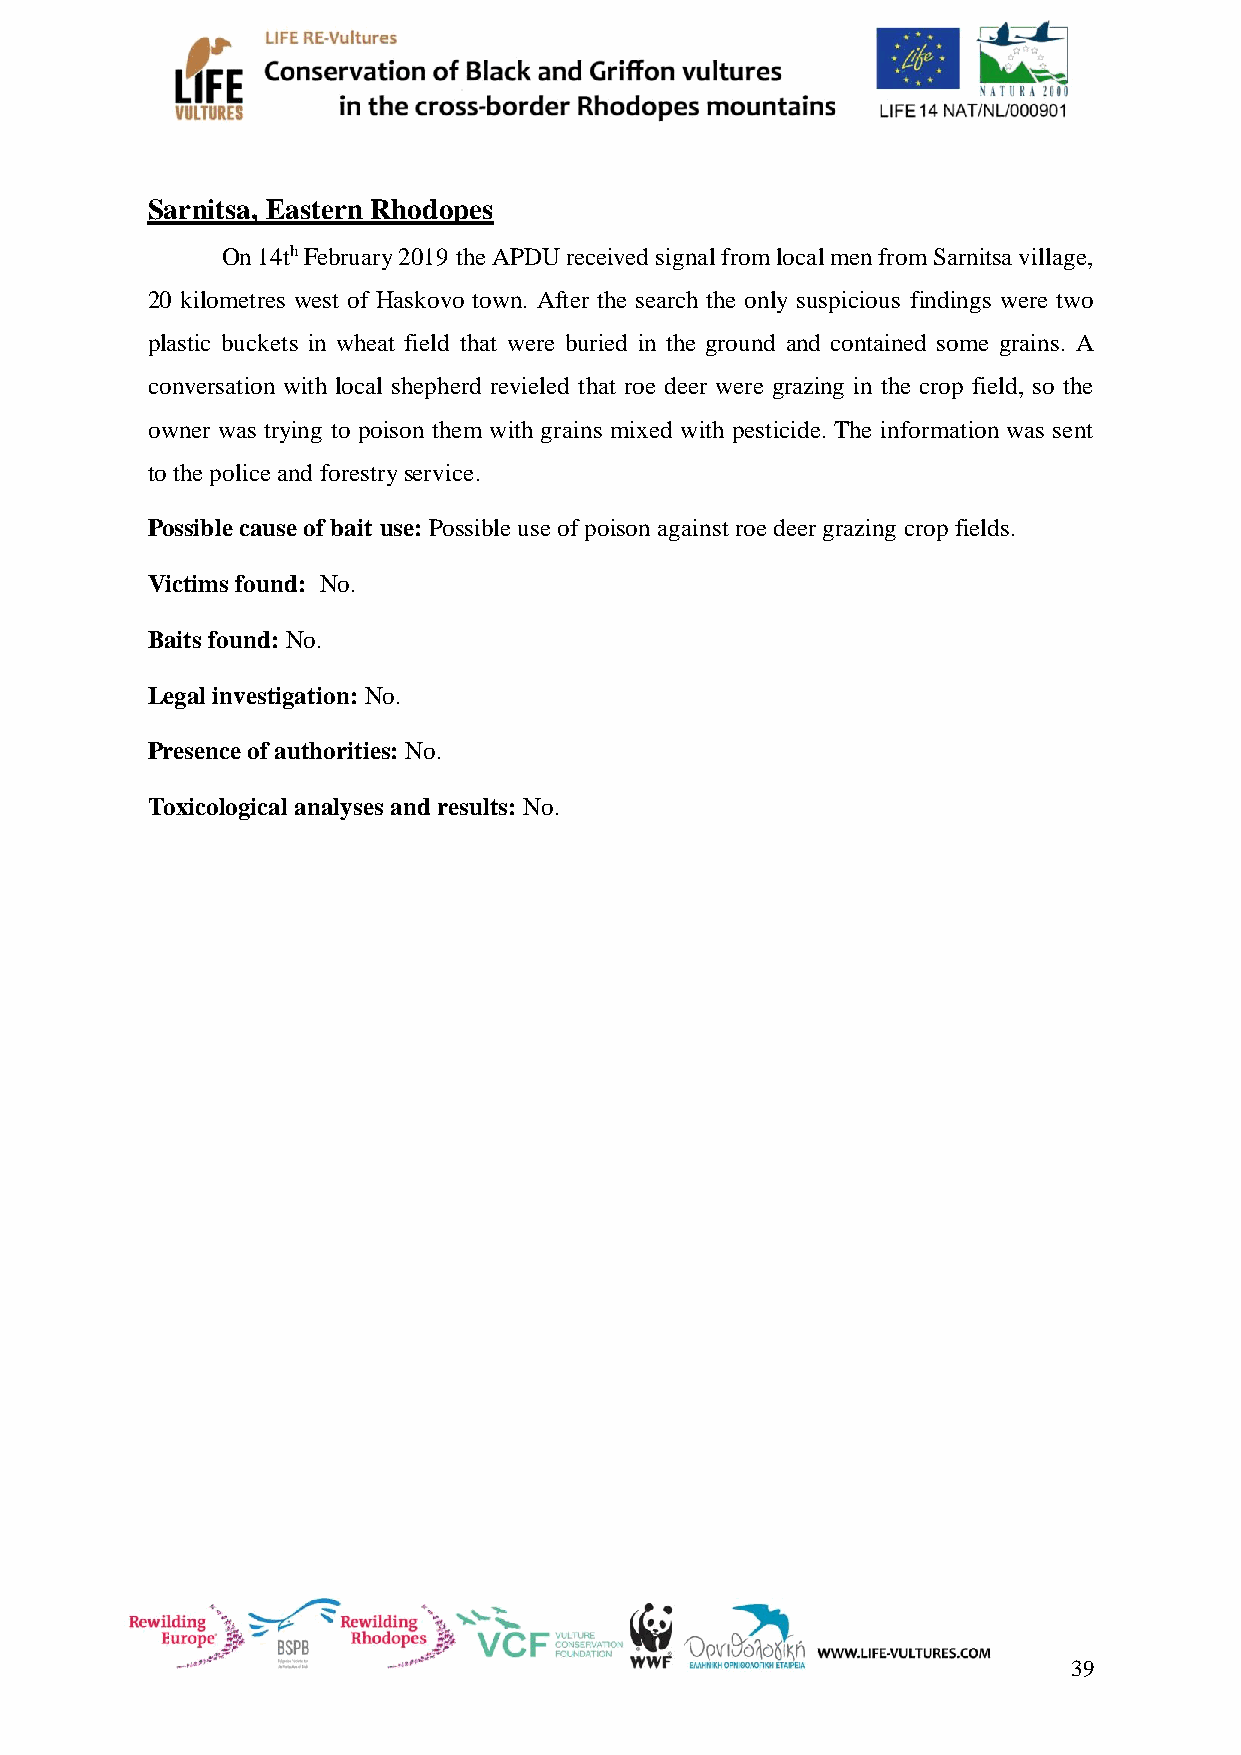
Sarnitsa, Eastern Rhodopes
 On 14th February 2019 the APDU received signal from local men from Sarnitsa village,
 20 kilometres west of Haskovo town. After the search the only suspicious findings were two
 plastic buckets in wheat field that were buried in the ground and contained some grains. A
 conversation with local shepherd revieled that roe deer were grazing in the crop field, so the
 owner was trying to poison them with grains mixed with pesticide. The information was sent
 to the police and forestry service.
 Possible cause of bait use: Possible use of poison against roe deer grazing crop fields.
 Victims found: No.
 Baits found: No.
 Legal investigation: No.
 Presence of authorities: No.
 Toxicological analyses and results: No.
 39